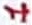
Text: 1